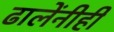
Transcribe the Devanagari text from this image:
ढालेंनीही